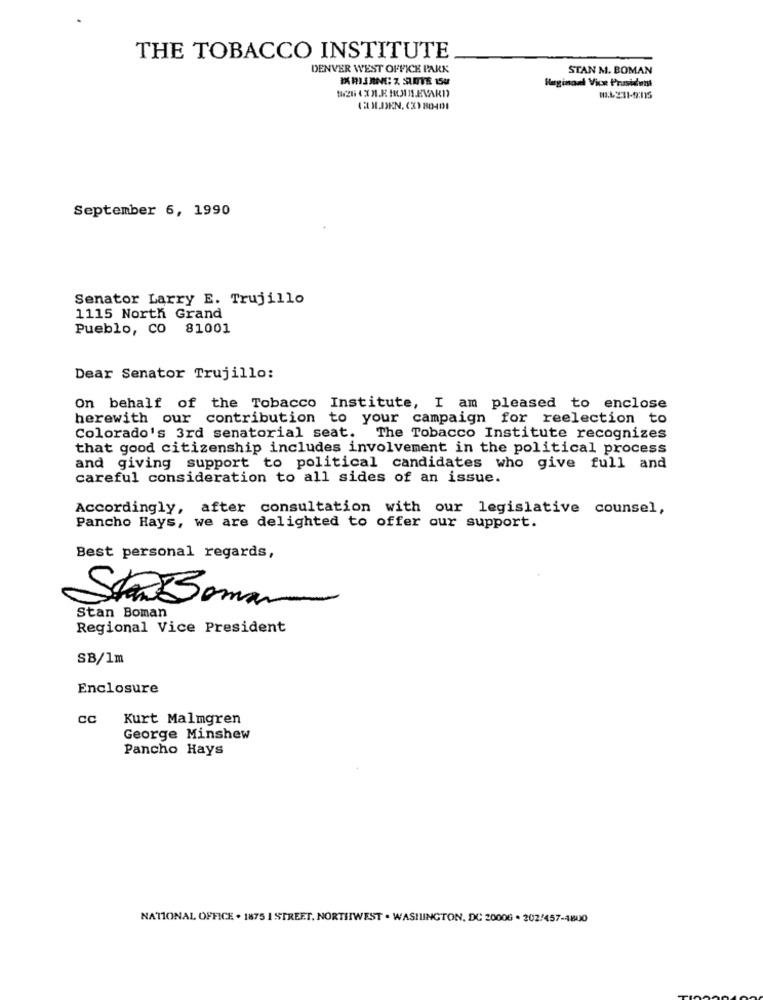
THE TOBACCO INSTITUTE
DENVER WEST OFFICE PARK
STAN M. BOMAN
MARIJAN: Z SANTE 154
$2H CXM.K HOURLEVARD
Huginand Vice President
(BOLDEN, (X) 80401
September 6, 1990
Senator Larry E. Trujillo
1115 North Grand
Pueblo, CO 81001
Dear Senator Trujillo:
On behalf of the Tobacco Institute, I am pleased to enclose
herewith our contribution to your campaign for reelection to
Colorado's 3rd senatorial seat. The Tobacco Institute recognizes
that good citizenship includes involvement in the political process
and giving support to political candidates who give full and
careful consideration to all sides of an issue.
Accordingly, after consultation with our legislative counsel,
Pancho Hays, we are delighted to offer our support.
Best personal regards,
StanBoman
Stan Boman
Regional Vice President
SB/1m
Enclosure
CC
Kurt Malmgren
George Minshew
Pancho Hays
NATIONAL OFFICE . 1875 1 STREET, NORTHWEST . WASHINGTON, DC 20006 . 202/457-46600